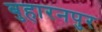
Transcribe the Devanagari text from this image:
बुहारनपुर